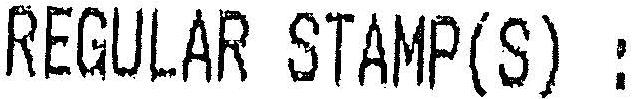
REGULAR STAMP(S) :